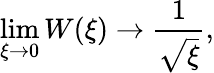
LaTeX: \operatorname*{lim}_{\xi\rightarrow 0}W(\xi)\rightarrow\frac{1}{\sqrt{\xi}},